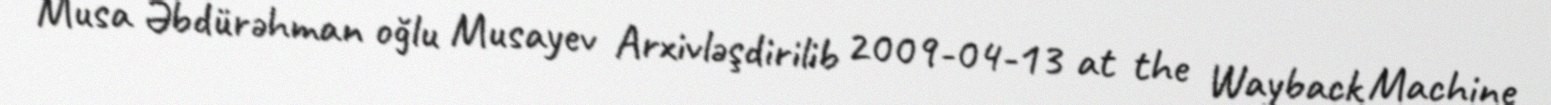
Musa Əbdürəhman oğlu Musayev Arxivləşdirilib 2009-04-13 at the Wayback Machine